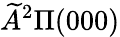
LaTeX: \widetilde{A}^{2}\Pi(000)